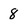
Character: 8